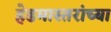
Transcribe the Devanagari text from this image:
हेडमास्तरांच्या